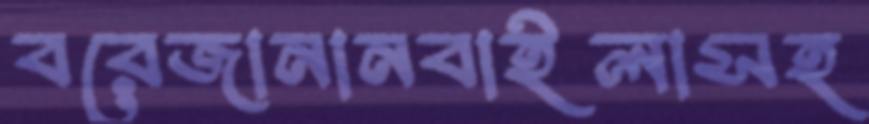
বরেজানানবাইলাসহ